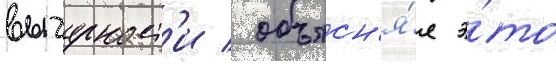
вычурност'и / объясн'я́я э́то